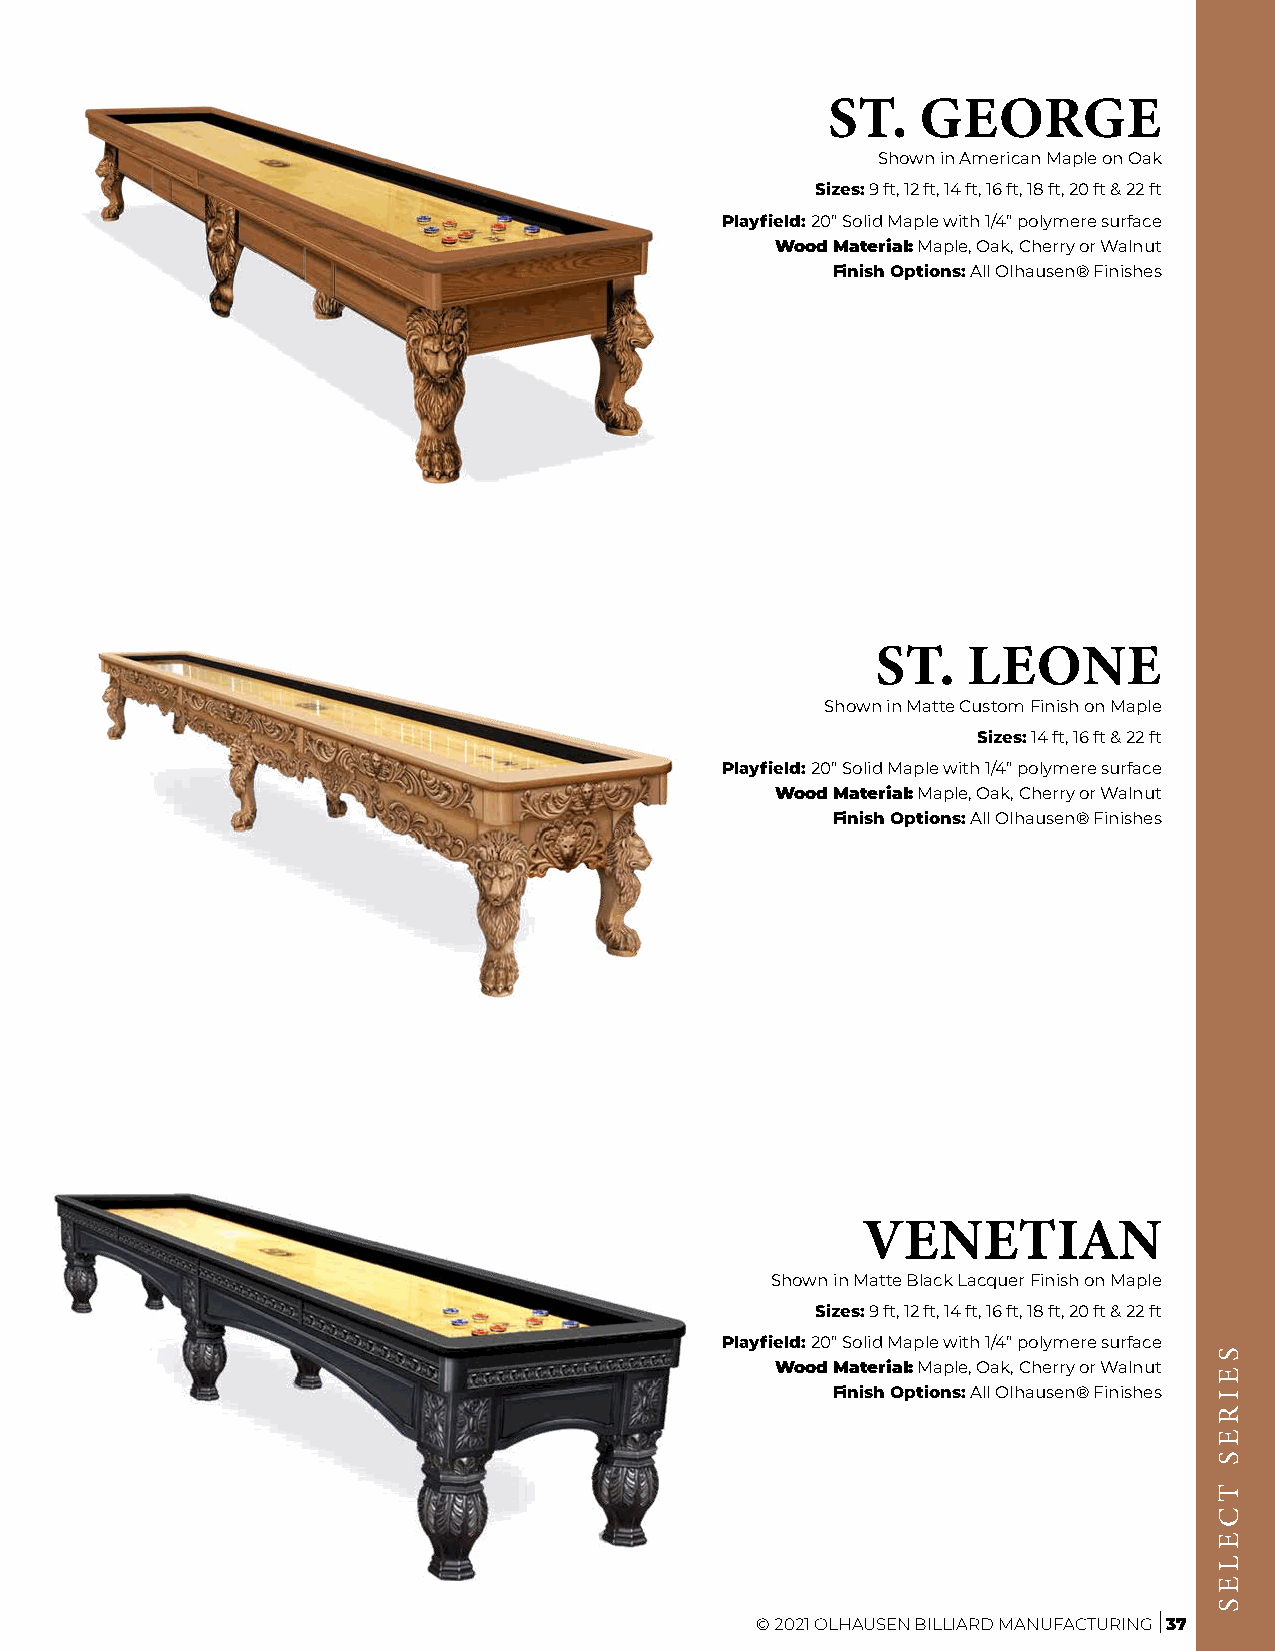
ST.   GEORGE
 Shown in American Maple on Oak
 Sizes: 9 ft, 12 ft, 14 ft, 16 ft, 18 ft, 20 ft & 22 ft
 Playfield: 20” Solid Maple with 1/4” polymere surface
 Wood Material: Maple, Oak, Cherry or Walnut
 Finish Options: All Olhausen® Finishes
 ST.   LEONE
 Shown in Matte Custom Finish on Maple
 Sizes: 14 ft, 16 ft & 22 ft
 Playfield: 20” Solid Maple with 1/4” polymere surface
 Wood Material: Maple, Oak, Cherry or Walnut
 Finish Options: All Olhausen® Finishes
 VENETIAN
 Shown in Matte Black Lacquer Finish on Maple
 Sizes: 9 ft, 12 ft, 14 ft, 16 ft, 18 ft, 20 ft & 22 ft
 Playfield: 20” Solid Maple with 1/4” polymere surface
 Wood Material: Maple, Oak, Cherry or Walnut
 Finish Options: All Olhausen® Finishes
 © 2021 OLHAUSEN BILLIARD MANUFACTURING 37
 SEIRES
 TCELES